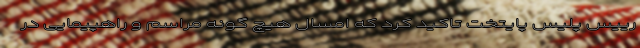
رییس پلیس پایتخت تاکید کرد که امسال هیچ گونه مراسم و راهپیمایی در